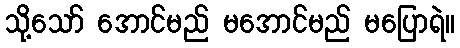
သို့သော် အောင်မည် မအောင်မည် မပြောရဲ။